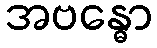
အဗန္ဓော